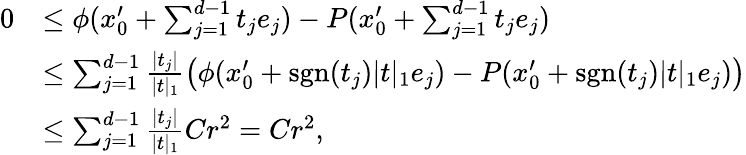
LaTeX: \begin{array}{rl}{0}&{\le\phi(x_{0}^{\prime}+\sum_{j=1}^{d-1}t_{j}e_{j})-P(x_{0}^{\prime}+\sum_{j=1}^{d-1}t_{j}e_{j})}\\ &{\le\sum_{j=1}^{d-1}\frac{|t_{j}|}{|t|_{1}}\big(\phi(x_{0}^{\prime}+\mathrm{sgn}(t_{j})|t|_{1}e_{j})-P(x_{0}^{\prime}+\mathrm{sgn}(t_{j})|t|_{1}e_{j})\big)}\\ &{\le\sum_{j=1}^{d-1}\frac{|t_{j}|}{|t|_{1}}Cr^{2}=Cr^{2},}\end{array}